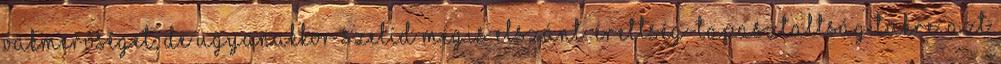
vakmerőséget, de ugyanakkor szelíd mégis elszánt. Érettség-tapasztaltság tükre. Azt